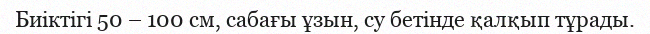
Биіктігі 50 – 100 см, сабағы ұзын, су бетінде қалқып тұрады.